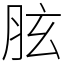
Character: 胘